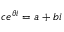
c e ^ { \theta i } = a + b i